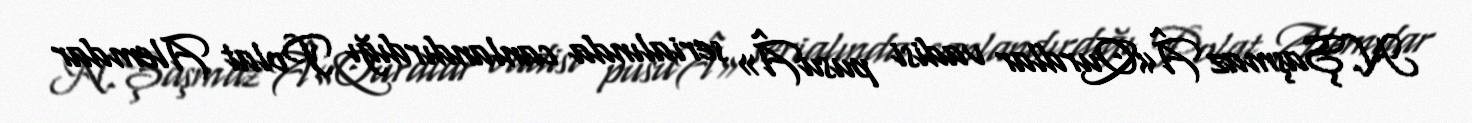
N.Şaşmaz Â«Qurdlar vadisi pusuÂ» serialında canlandırdığı Polat Alemdar